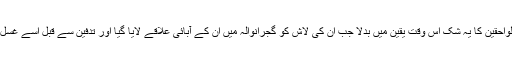
صلاح الدین کے لواحقین کا یہ شک اس وقت یقین میں بدلا جب ان کی لاش کو گجرانوالہ میں ان کے آبائی علاقے لایا گیا اور تدفین سے قبل اسے غسل دینے کا وقت آیا۔